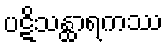
ပဋိသန္ထာရကဿ